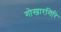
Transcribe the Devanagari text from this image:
गोखारगिरि